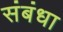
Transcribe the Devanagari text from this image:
संबंधा